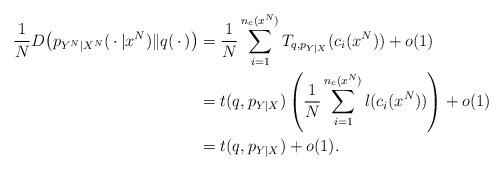
LaTeX: \begin{align*} \frac{1}{N}D\bigl(p_{Y^N|X^N}(\,\cdot\,|x^N)\|q(\,\cdot\,)\bigr)&=\frac{1}{N}\sum_{i=1}^{n_c(x^N)}T_{q,p_{Y|X}}(c_i(x^N))+o(1)\\&=t(q,p_{Y|X})\left(\frac{1}{N}\sum_{i=1}^{n_c(x^N)}l(c_i(x^N))\right)+o(1)\\&=t(q,p_{Y|X})+o(1).\end{align*}